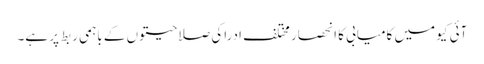
آئی کیو میں کامیابی کا انحصار مختلف ادراکی صلاحیتوں کے باہمی ربط پر ہے۔